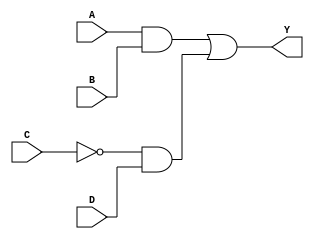
module ReducedLogicBlock (
    input wire A,      // Input A
    input wire B,      // Input B
    input wire C,      // Input C
    input wire D,      // Input D
    output wire Y      // Output Y
);

// Internal wire for the NOT operation
wire C_not;

// Implementing the logic
assign C_not = ~C;           // NOT operation on C
assign Y = (A & B) | (C_not & D); // Combining terms for the output Y

endmodule